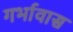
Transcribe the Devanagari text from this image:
गर्भावास